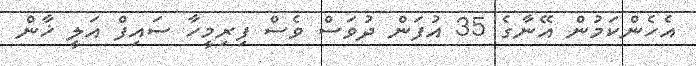
އެހެންކަމުން އޭނާގެ 35 އުފަން ދުވަސް ވެސް ފިރިމީހާ ސައިފް އަލީ ޚާން